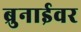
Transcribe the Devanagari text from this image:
ब्रुनाईवर